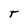
Character: T